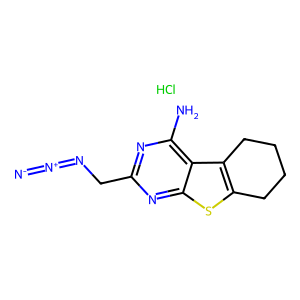
SMILES: Cl.[N-]=[N+]=NCc1nc(N)c2c3c(sc2n1)CCCC3
Inhibits HIV replication: No